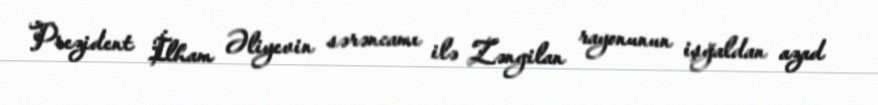
Prezident İlham Əliyevin sərəncamı ilə Zəngilan rayonunun işğaldan azad